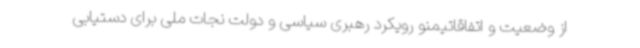
از وضعیت و اتفاقاتیمنو رویکرد رهبری سیاسی و دولت نجات ملی برای دستیابی